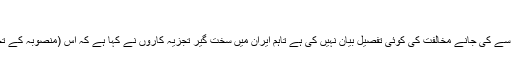
"
خامنہ ای نے یونیسکو کے منصوبے کی ان کی طرف سے کی جانے مخالفت کی کوئی تفصیل بیان نہیں کی ہے تاہم ایران میں سخت گیر تجزیہ کاروں نے کہا ہے کہ اس (منصوبہ کے تحت) صنفی مساوت کو فروغ دینا اسلام کے خلاف ہے۔